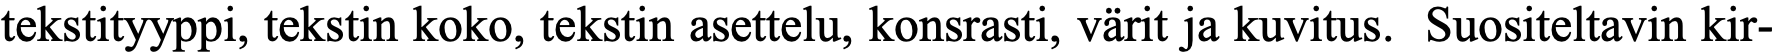
tekstityyppi, tekstin koko, tekstin asettelu, konsrasti, värit ja kuvitus. Suositeltavin kir-